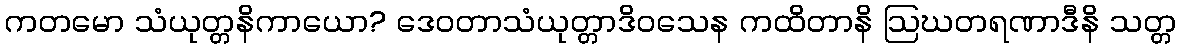
ကတမော သံယုတ္တနိကာယော? ဒေဝတာသံယုတ္တာဒိဝသေန ကထိတာနိ ဩဃတရဏာဒီနိ သတ္တ